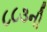
૮૮૩ની